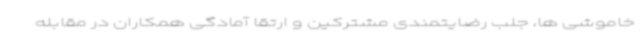
خاموشی ها، جلب رضایتمندی مشترکین و ارتقا آمادگی همکاران در مقابله